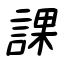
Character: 課